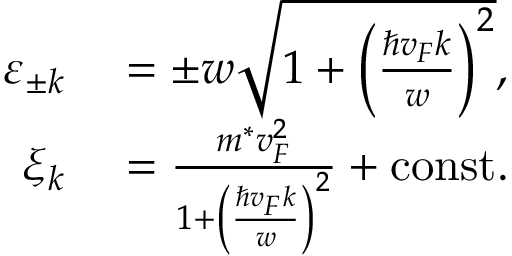
\begin{array} { r l } { \varepsilon _ { \pm k } } & { { } = \pm w \sqrt { 1 + \left( \frac { \hbar v _ { F } k } { w } \right) ^ { 2 } } , } \\ { \xi _ { k } } & { { } = \frac { m ^ { * } v _ { F } ^ { 2 } } { 1 + \left( \frac { \hbar v _ { F } k } { w } \right) ^ { 2 } } + \mathrm { c o n s t . } } \end{array}